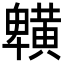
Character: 𪏒